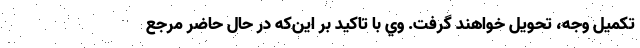
تکمیل وجه، تحویل خواهند گرفت. وي با تاكيد بر اين‌كه در حال حاضر مرجع